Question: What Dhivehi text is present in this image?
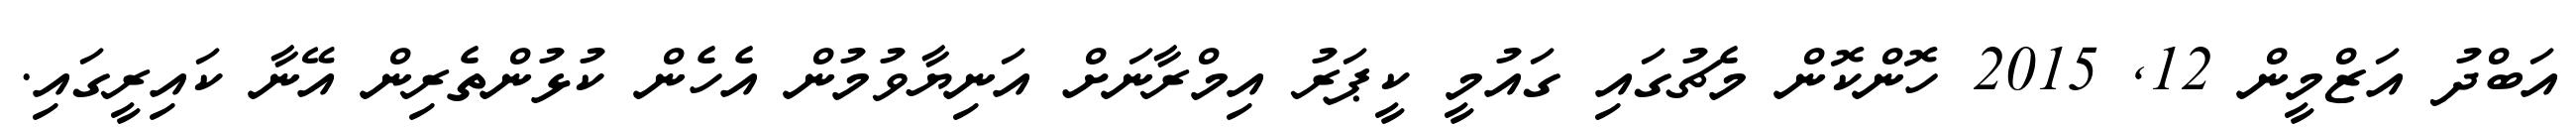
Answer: އަބްދު އަޒްމީން 12, 2015 ހޮންކޮން މެޗުގައި ގައުމީ ކީޕަރު އިމްރާނަށް އަނިޔާވުމުން އެހެން ކުޅުންތެރިން އޭނާ ކައިރީގައި.